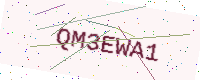
Text: QM3EWA1